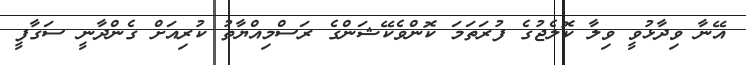
އޭނާ ވިދާޅުވީ ވިލާ ކޮލެޖުގެ ފުރަތަމަ ކޮންވެކޭޝަންގެ ރަސްމިއްޔާތު ކުރިއަށް ގެންދާނީ ސަގާފީ